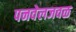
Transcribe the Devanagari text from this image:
पनवेलजवळ